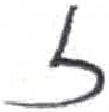
אות: ז